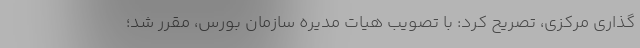
گذاری مرکزی، تصریح کرد: با تصویب هیات مدیره سازمان بورس، مقرر شد؛